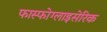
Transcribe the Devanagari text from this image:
फास्फोग्लाइसेरिक